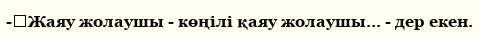
-	Жаяу жолаушы - көңілі қаяу жолаушы... - дер екен.